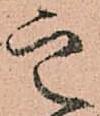
定